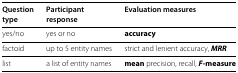
<table><thead><tr><td><b>Question</b></td><td><b>Participant</b></td><td><b>Evaluation measures</b></td></tr><tr><td><b>type</b></td><td><b>response</b></td><td></td></tr></thead><tbody><tr><td>yes/no</td><td>yes or no</td><td><b>accuracy</b></td></tr><tr><td>factoid</td><td>up to 5 entity names</td><td>strict and lenient accuracy, <b><i>MRR</i></b></td></tr><tr><td>list</td><td>a list of entity names</td><td><b>mean</b> precision, recall, <b><i>F</i></b><i>-measure</i></td></tr></tbody></table>